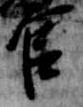
官